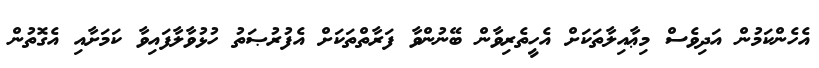
އެހެންކަމުން އަދިވެސް މިޢާއިލާތަކަށް އެހީތެރިވާން ބޭނުންވާ ފަރާތްތަކަށް އެފުރުޞަތު ހުޅުވާލާފައިވާ ކަމަށާއި އެގޮތުން